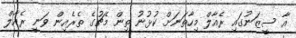
އާ ސީޒަނުގައި ރެއާލް މިހާތަނަށް ކުޅުނު ތިން މެޗުގެ ތެރެއިން ވަނީ ރެއާލް